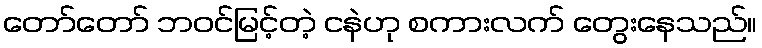
တော်တော် ဘဝင်မြင့်တဲ့ ငနဲဟု စကားလက် တွေးနေသည်။